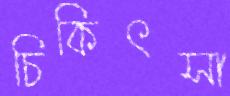
চিকিৎসা